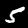
Digit: 5